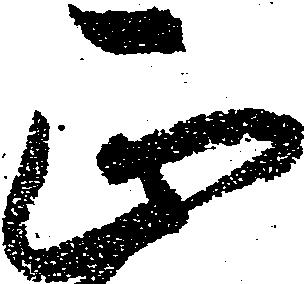
正